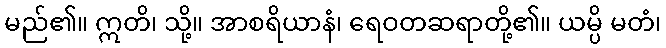
မည်၏။ ဣတိ၊ သို့။ အာစရိယာနံ၊ ရေဝတဆရာတို့၏။ ယမ္ပိ မတံ၊